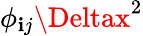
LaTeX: \phi_{\mathbf{i}j}\Deltax^{2}